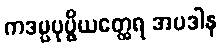
ကဒမ္ပပုပ္ဖိယတ္ထေရ အပဒါန